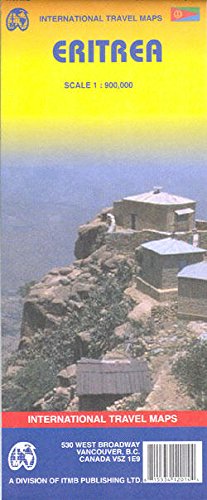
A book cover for Eritrea 1:900 000 Travel Map with Asmara plan; ITMB Publishing; Travel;